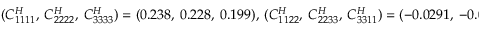
( C _ { 1 1 1 1 } ^ { H } , ~ C _ { 2 2 2 2 } ^ { H } , ~ C _ { 3 3 3 3 } ^ { H } ) = ( 0 . 2 3 8 , ~ 0 . 2 2 8 , ~ 0 . 1 9 9 ) , ~ ( C _ { 1 1 2 2 } ^ { H } , ~ C _ { 2 2 3 3 } ^ { H } , ~ C _ { 3 3 1 1 } ^ { H } ) = ( - 0 . 0 2 9 1 , ~ - 0 . 0 2 5 6 , ~ - 0 . 0 2 3 2 )